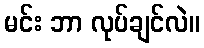
မင်း ဘာ လုပ်ချင်လဲ။